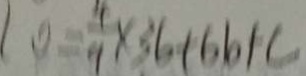
1 0 = \frac { 4 } { 9 } \times 3 6 + 6 6 + c